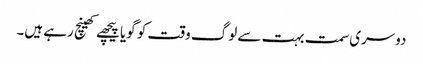
دوسری سمت بہت سے لوگ وقت کو گویا پیچھے کھینچ رہے ہیں۔